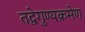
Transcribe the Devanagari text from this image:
तद्वेगुण्यक्रमेण